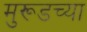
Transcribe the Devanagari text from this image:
मुरूडच्या